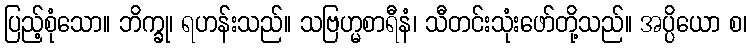
ပြည့်စုံသော။ ဘိက္ခု၊ ရဟန်းသည်။ သဗြဟ္မစာရီနံ၊ သီတင်းသုံးဖော်တို့သည်။ အပ္ပိယော စ၊